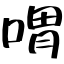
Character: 喟